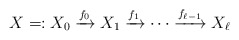
\begin{align*}X=:X_0 \xrightarrow{f_0} X_1 \xrightarrow{f_1} \cdots \xrightarrow{f_{\ell-1}} X_{\ell}\end{align*}